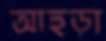
আহুড়া